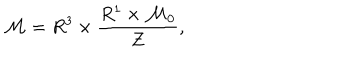
LaTeX: { \cal M } = R ^ { 3 } \times \frac { R ^ { 1 } \times { \cal M } _ { 0 } } { Z } ,